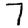
Digit: 7